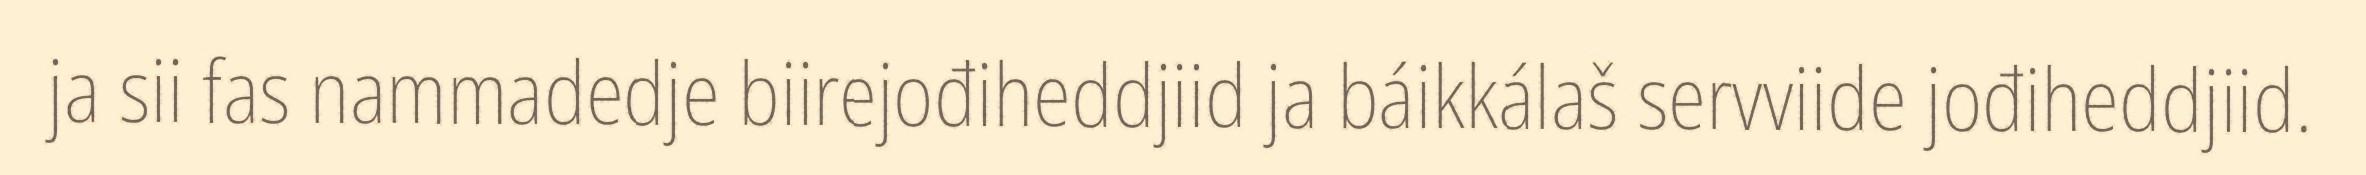
ja sii fas nammadedje biirejođiheddjiid ja báikkálaš servviide jođiheddjiid.